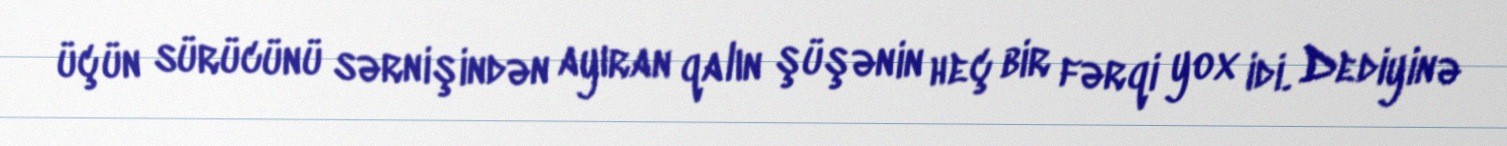
üçün sürücünü sərnişindən ayıran qalın şüşənin heç bir fərqi yox idi. Dediyinə